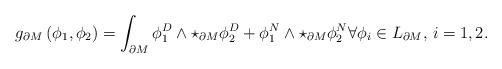
LaTeX: \begin{align*}g_{\partial M}\left({\phi_1},{\phi_2}\right)=\int_{\partial M}\phi_1^D\wedge\star_{\partial M}\phi_2^D+ \phi_1^N\wedge\star_{\partial M}\phi_2^N\forall {\phi_i}\in {L}_{\partial M},\, i=1,2.\end{align*}